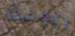
الومك